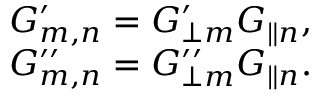
\begin{array} { r } { G _ { m , n } ^ { \prime } = G _ { \perp m } ^ { \prime } G _ { \parallel n } , } \\ { G _ { m , n } ^ { \prime \prime } = G _ { \perp m } ^ { \prime \prime } G _ { \parallel n } . } \end{array}